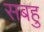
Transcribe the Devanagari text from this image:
सबहु